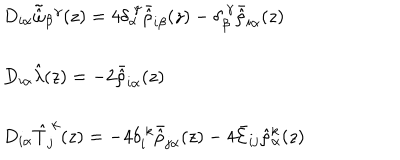
\begin{array} { l } { { D _ { i \alpha } \tilde { \hat { \omega } } _ { \beta } { } ^ { \gamma } ( z ) = 4 \delta _ { \alpha } ^ { ~ \gamma } \bar { \hat { \rho } } _ { i \beta } ( z ) - \delta _ { \beta } ^ { ~ \gamma } \bar { \hat { \rho } } _ { i \alpha } ( z ) } } \\ { { { } } } \\ { { D _ { i \alpha } \hat { \lambda } ( z ) = - 2 \bar { \hat { \rho } } _ { i \alpha } ( z ) } } \\ { { { } } } \\ { { D _ { i \alpha } \hat { T } _ { j } ^ { ~ k } ( z ) = - 4 \delta _ { i } ^ { ~ k } \bar { \hat { \rho } } _ { j \alpha } ( z ) - 4 \bar { \cal E } _ { i j } \hat { \rho } { } _ { \alpha } ^ { k } ( z ) } } \\ \end{array}